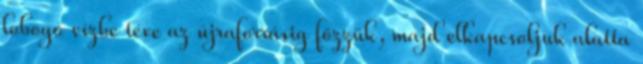
lobogó vízbe téve az újraforrásig főzzük, majd elkapcsoljuk alatta